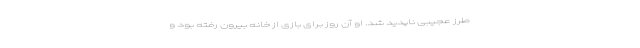
طرز عجیبی ناپدید شد. او آن روز برای بازی از خانه بیرون رفته بود و